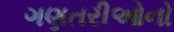
ગણતરીઓનો